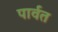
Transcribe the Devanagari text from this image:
पार्वत